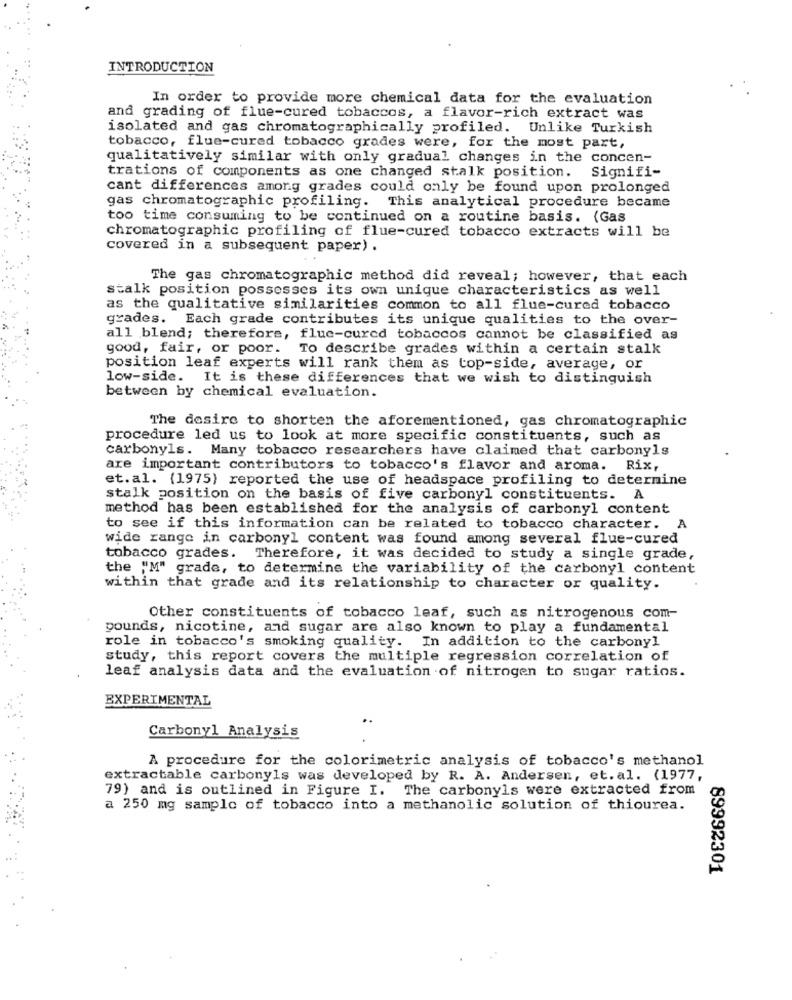
INTRODUCTION
In order to provide more chemical data for the evaluation
and grading of flue-cured tobaccos, a flavor-rich extract was
isolated and gas chromatographically profiled. Unlike Turkish
tobacco, flue-cured tobacco grades were, for the most part,
qualitatively similar with only gradual changes in the concen-
trations of components as one changed stalk position. Signifi-
cant differences among grades could only be found upon prolonged
gas chromatographic profiling. This analytical procedure became
too time consuming to be continued on a routine basis. (Gas
chromatographic profiling of flue-cured tobacco extracts will be
covered in a subsequent paper) .
The gas chromatographic method did reveal; however, that each
stalk position possesses its own unique characteristics as well
as the qualitative similarities common to all flue-cured tobacco
grades. Each grade contributes its unique qualities to the over-
all blend; therefore, fluc-cured tobaccos cannot be classified as
good, fair, or poor. To describe grades within a certain stalk
position leaf experts will rank them as top-side, average, or
low-side. It is these differences that we wish to distinguish
between by chemical evaluation.
The desire to shorten the aforementioned, gas chromatographic
procedure led us to look at more specific constituents, such as
carbonyls. Many tobacco researchers have claimed that carbonyls
are important contributors to tobacco's flavor and aroma. Rix,
et.al. (1975) reported the use of headspace profiling to determine
stalk position on the basis of five carbonyl constituents. A
method has been established for the analysis of carbonyl content
to see if this information can be related to tobacco character. A
wide range in carbonyl content was found among several flue-cured
tobacco grades. Therefore, it was decided to study a single grade,
the "M" grade, to determine the variability of the carbonyl content
within that grade and its relationship to character or quality.
Other constituents of tobacco leaf, such as nitrogenous com-
pounds, nicotine, and sugar are also known to play a fundamental
role in tobacco's smoking quality. In addition to the carbonyl
study, this report covers the multiple regression correlation of
leaf analysis data and the evaluation of nitrogen to sugar ratios.
EXPERIMENTAL
Carbonyl Analysis
A procedure for the colorimetric analysis of tobacco's methanol
extractable carbonyls was developed by R. A. Andersen, et. al. (1977,
79) and is outlined in Figure I. The carbonyls were extracted from
a 250 mg sample of tobacco into a methanolic solution of thiourea.
89992301